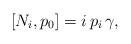
LaTeX: \begin{align*}[N_i, p_0] = i\, p_i\, \gamma,\end{align*}